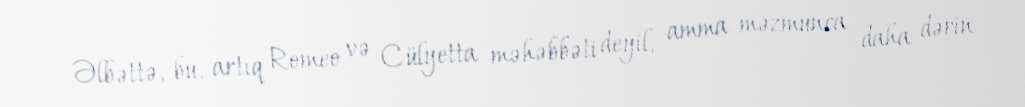
Əlbəttə, bu, artıq Romeo və Cülyetta məhəbbəti deyil, amma məzmunca daha dərin